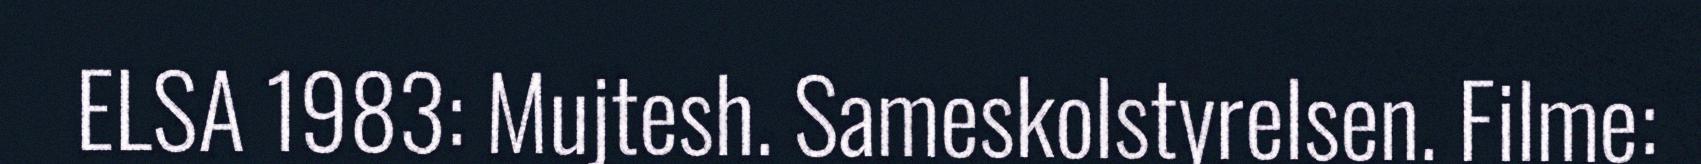
ELSA 1983: Mujtesh. Sameskolstyrelsen. Filme: